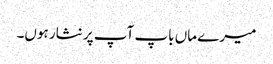
میرے ماں باپ آپ پر نثار ہوں۔